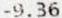
-9.36